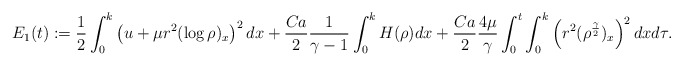
\begin{align*}E_1(t):=\frac{1}{2}\int_0^k\left(u+\mu r^2(\log\rho)_x\right)^2dx+\frac{Ca}{2}\frac{1}{\gamma-1}\int_0^kH(\rho)dx+\frac{Ca}{2}\frac{4\mu}{\gamma}\int_0^t\int_0^k\left(r^2(\rho^{\frac{\gamma}{2}})_x\right)^2dxd\tau.\end{align*}